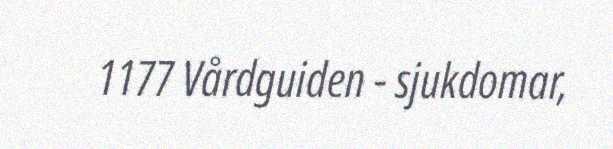
1177 Vårdguiden - sjukdomar,